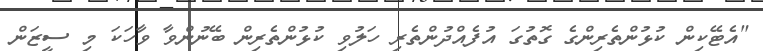
"އެޓޭކިން ކުޅުންތެރިންގެ ގޮތުގަ އުފެއްދުންތެރި ހަލުވި ކުޅުންތެރިން ބޭނުންވާ ވާހަކަ މި ސީޒަން